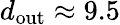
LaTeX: d_{\mathrm{out}}\approx 9.5